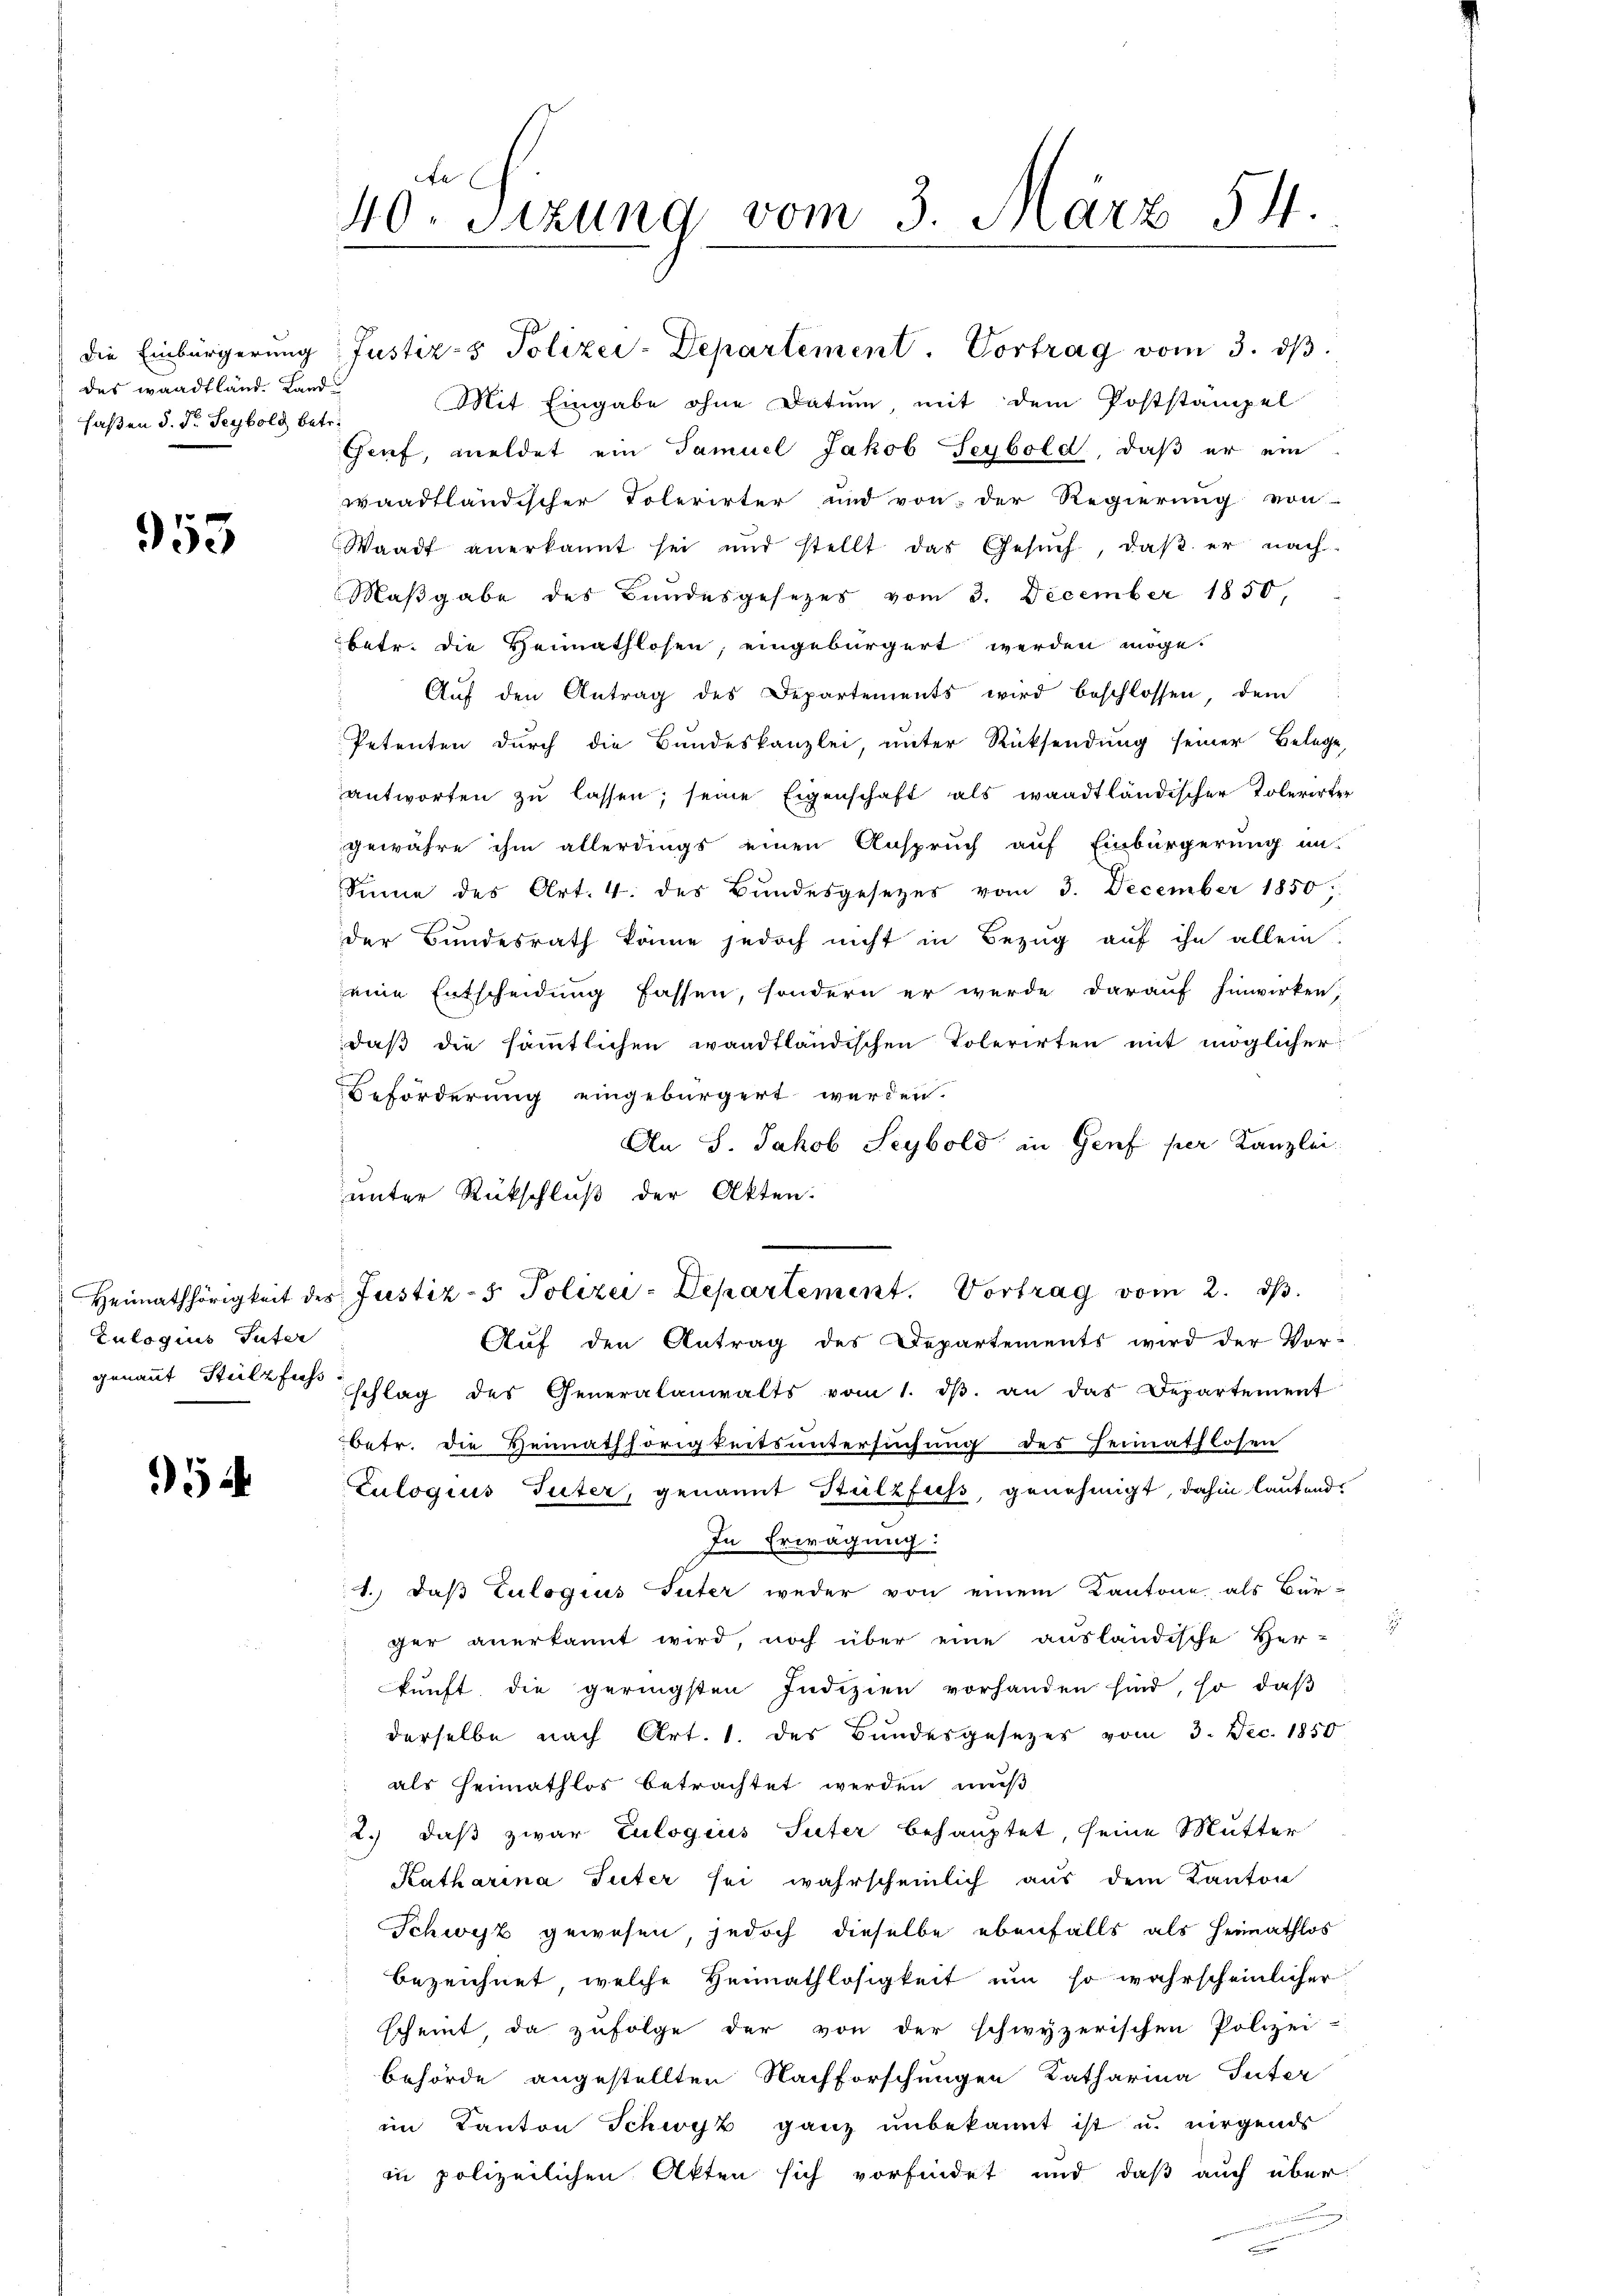
des Waadtländ. Landfaßen d. d. Seybold betr.

953

Zulogius Pater

5

te
40. Sitzung vom 3. März 54.

die Einbürgerung Justiz- & Polizei-Departement. Vortrag vom 3. ds.
Mit Eingabe ohne Datum, mit dem Poststämpel
Genf, meldet ein Samuel Jakob Seybold, daß er ein
waadtländischer Tolerirter und von der Regierung von
Waadt anerkannt sei und stellt das Gesŭch, daβ er nach-
Maßgabe des Bundesgesezes vom 3. December 1850,
betr. die Heimathlosen; eingebürgert werden möge.
Auf den Antrag des Departements wird beschlossen, dem
Petenten durch die Bundeskanzlei, unter Rücksendung seiner Belege,
antworten zu lassen, seine Eigenschaft als waadtländischer Tolerirter
gewähre ihm allerdings einen Anspruch auf Einbürgerung in
Sinne des Art. 4. des Bŭndesgesetzes vom 3. December 1850.
der Bundesrath könne jedoch nicht in Bezug auf ihn allein.
eine Entscheidung fassen, sondern er werde darauf hinwirken,
daß die sämtlichen waadtländischen Tolerirten mit möglicher
Beförderung eingebürgert werden.
An J. Jakob Seybold in Genf per Kanzlei
unter Rückschluß der Akten.
Auf den Antrag des Departements wird der Vor-
genannt Stelzfes schlag des Generalanwalts vom 1. dβ an das Departement
betr. die Heimathörigkeitsuntersuchung des Heimathlosen
Zulogius Tuter, genannt Sulzfuss, genehmigt, dahin lautend.
In Erwägung:
1.) daß Zulogius Suter weder von einem Kantone als Bürger anerkannt wird, noch über eine ausländische Her-
kunft, die geringsten Indizien vorhanden sind, so daß
derselbe nach Art. 1. des Bundesgesezes vom 3. Dec. 1850
als Heimathlos betrachtet werden muß
2.) daß zwar Culogius Suter behauptet, seine Mutter
Katharina Tuter sei wahrscheinlich aus dem Kanton
Schwyz gewesen, jedoch dieselbe ebenfalls als Heimathlos
bezeichnet, welche Heimathlosigkeit um so wahrscheinlicher
scheint, da zufolge der von der schwyzerischen Polizei-
behörde angestellten Nachforschungen Katharina Suter
im Kanton Schwyz ganz unbekannt ist u. nirgends
in polizeilichen Akten sich vorfindet und daß auch über

Heimathörigkeit des Justiz- & Polizei-Departement. Vortrag vom 2. dβ.